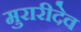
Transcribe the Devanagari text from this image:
मुरारीदेव